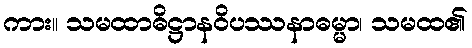
ကား။ သမထာဓိဋ္ဌာနဝိပဿနာဓမ္မာ၊ သမထ၏